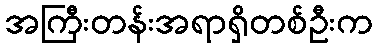
အကြီးတန်းအရာရှိတစ်ဦးက